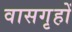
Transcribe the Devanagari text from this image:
वासगृहों